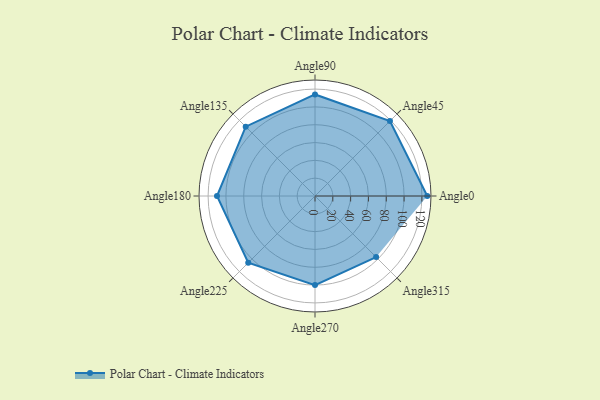
{"axis": {"x": "Angle", "y": "Radius"}, "legend": [""], "data": [{"x": "Angle0", "y": 126.0, "type": ""}, {"x": "Angle45", "y": 119.0, "type": ""}, {"x": "Angle90", "y": 114.0, "type": ""}, {"x": "Angle135", "y": 110.0, "type": ""}, {"x": "Angle180", "y": 110.0, "type": ""}, {"x": "Angle225", "y": 106.0, "type": ""}, {"x": "Angle270", "y": 100.0, "type": ""}, {"x": "Angle315", "y": 97.0, "type": ""}]}